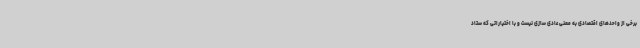
برخی از واحدهای اقتصادی به معنی عادی سازی نیست و با اختیاراتی که ستاد